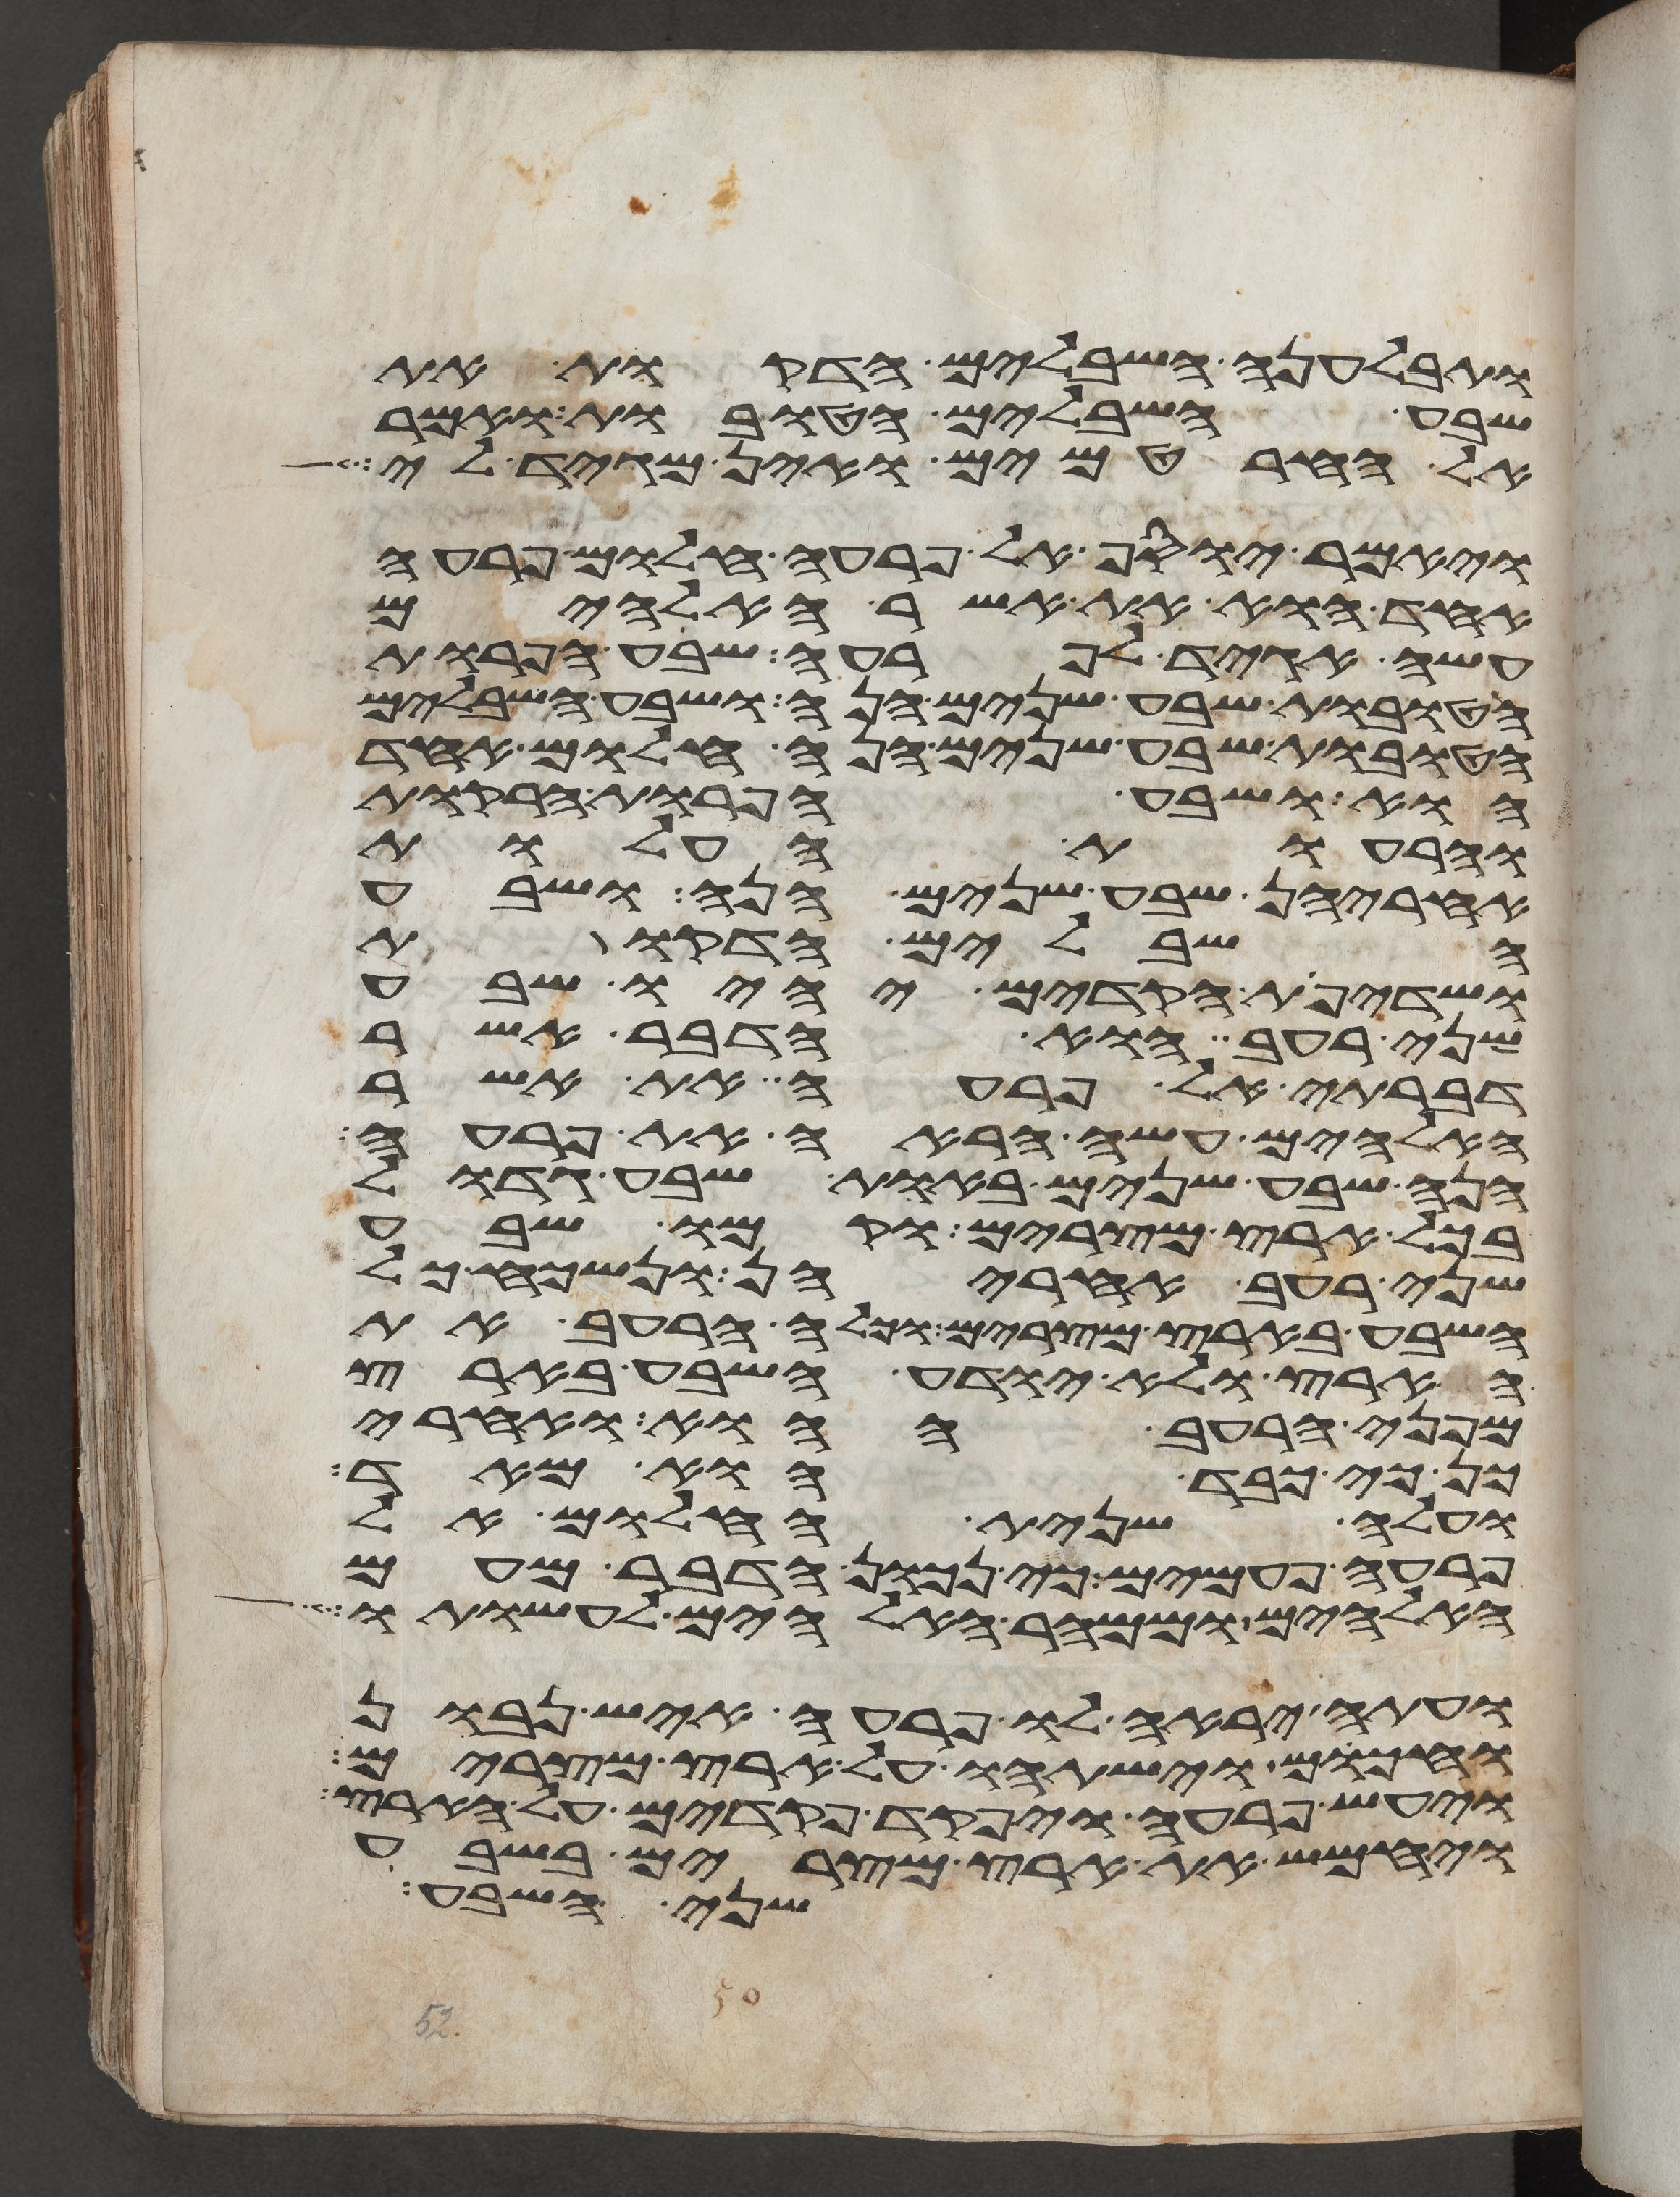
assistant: ותבלענה השבלים הדקות את
שבע השבלים הטובות ואמר
אל החרטמים ואין מגיד לי
ויאמר יוסף אל פרעה חלום פרעה
אחד הוא את אשר האלהים
עשה אגיד לפרעה שבע הפרות
הטובות שבע שנים הנה ושבע השבלים
הטובות שבע שנים הנה חלום אחד
הוא ושבע הפרות הרקות
והרעות העלות
אחריהן שבע שנים הנה ושבע
השבלים הדקות
ושדיפת הקדים יהיו שבע
שני רעב הוא הדבר אשר
דברתי אל פרעה את אשר
האלהים עשה הראה את פרעה
הנה שבע שנים באות שבע גדול
בכל ארץ מצרים וקמו שבע
שני רעב אחריהן ונשכח כל
השבע בארץ מצרים וכלה הרעב את
הארץ ולא יודע השבע בארץ
מפני הרעב ההוא ואחרי
כן כי כבד הוא מאד
ועלה שנית החלום אל
פרעה פעמים כי נכון הדבר מעם
האלהים וממהר האלהים לעשותו
ועתה יראה לו פרעה איש נבון
וחכום וישתהו על ארץ מצרים
ויעש פרעה ויפקד פקדים על הארץ
ויחמש את ארץ מצרים בשבע
שני השבע